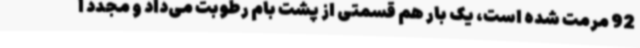
92 مرمت شده است، یک بار هم قسمتی از پشت بام رطوبت می‌داد و مجدد ا